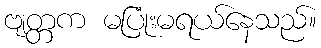
ဗျတ္တက မပြုံးမရယ်နေသည်။